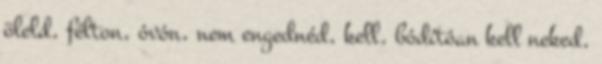
öleld, félton, óvón, nem engednéd, kell, bódítóan kell neked,